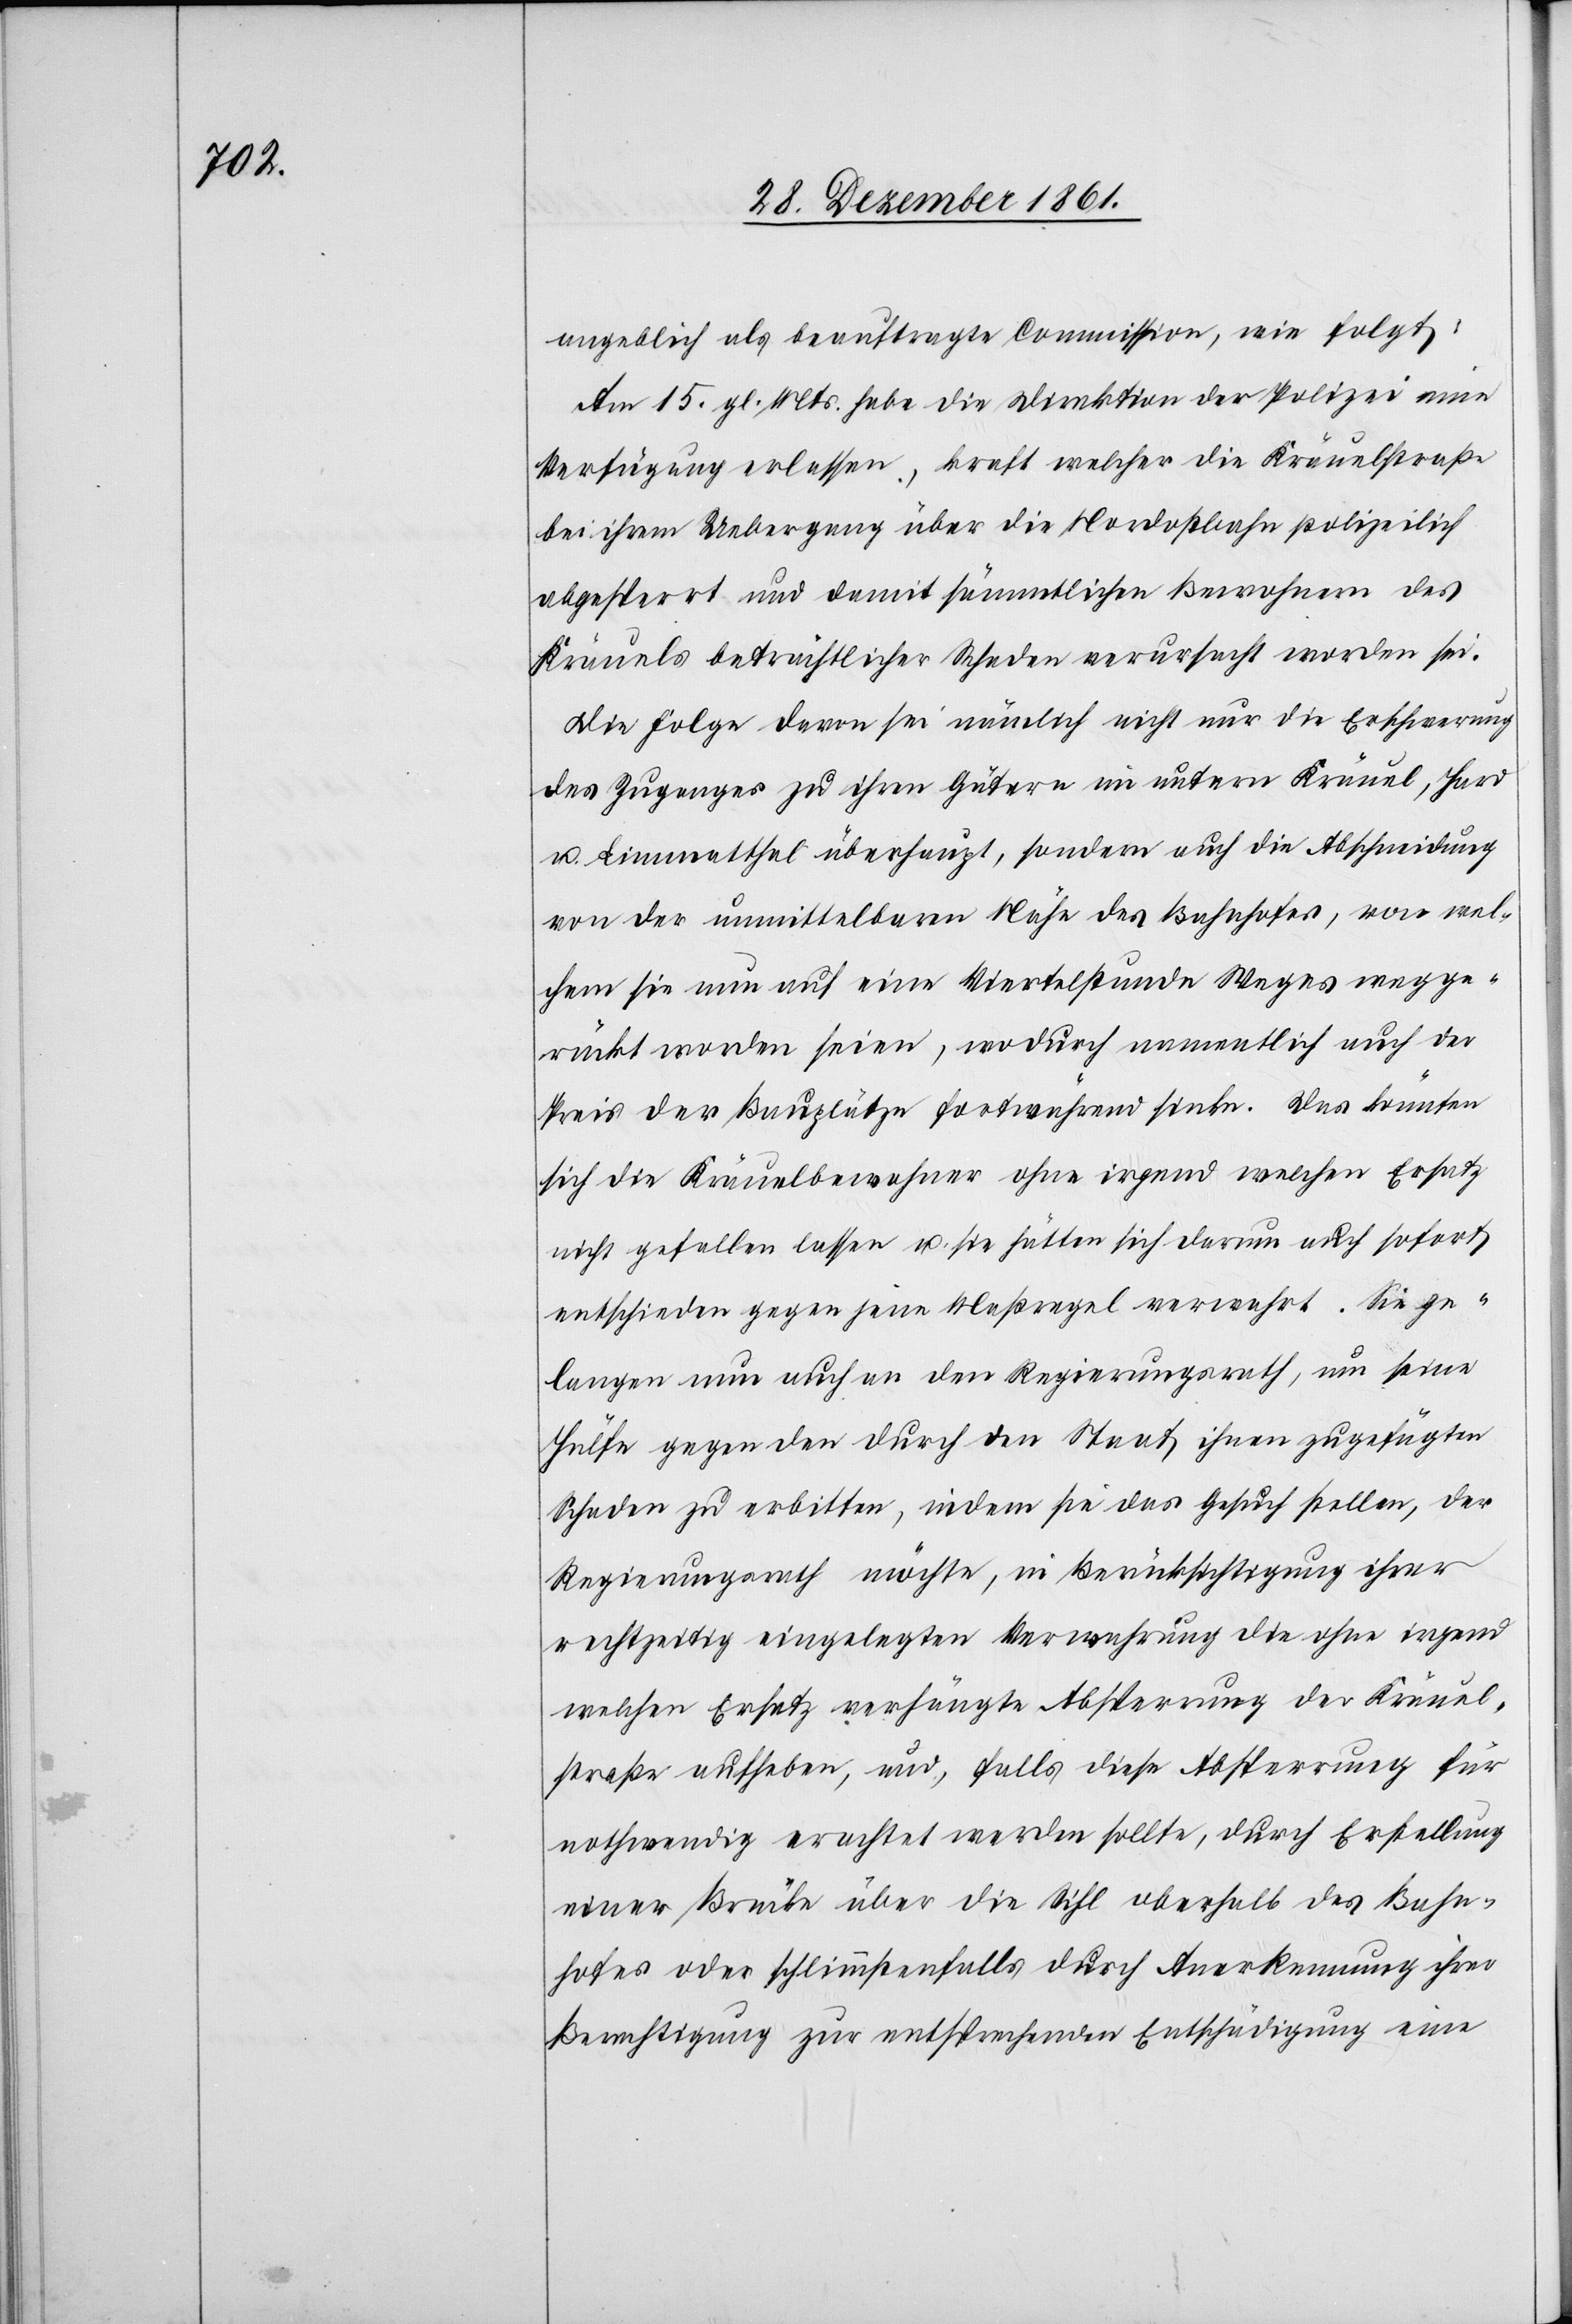
angeblich als beauftragte Commission, wie folgt:
Am 15 gl. Mts. habe die Direktion der Polizei eine
Verfügung erlassen, kraft welcher die Kräuelstraße
bei ihrem Uebergang über die Nordostbahn polizeilich
abgesperrrt und damit sämmtlichen Bewohnern des
Kräuels beträchtlicher Schaden verursacht worden sei.
Die Folge davon sei nämlich nicht nur die Erschwerung
des Zuganges zu ihren Gütern in unterm Kräuel, Hard
u. Limmatthal überhaupt, sondern auch die Abschneidung
von der unmittelbaren Nähe des Bahnhofes, von wel¬
chem sie nun auf eine Vierstelstunde Weges wegge¬
rückt worden seien, wodurch namentlich auch der
Preis der Bauplätze fortwährend sinke. Das könnten
sich die Kräuelbewohner ohne irgend welchen Ersatz
nicht gefallen lassen u. sie hätten sich darum auch sofort
entschieden gegen jene Maßregel verwehrt. Sie ge¬
langen nun auch an den Regierungsrath, um seine
Hülfe gegen den durch den Staat ihnen zugefügten
Schaden zu erbitten, indem sie das Gesuch stellen, der
Regierungsrath möchte, in Berücksichtigung ihrer
rechtzeitig eingelegten Verwahrung die ohne irgend
welchen Ersatz verhängte Absperrung der Kräuel¬
straße aufheben, und, falls diese Absperrung für
nothwendig erachtet werden sollte, durch Erstellung
einer Brücke über die Sihl oberhalb des Bahn¬
hofes oder schlimmstenfalls durch Anerkennung ihrer
Berechtigung zur entsprechenden Entschädigung eine